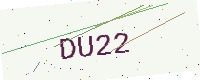
Text: DU22